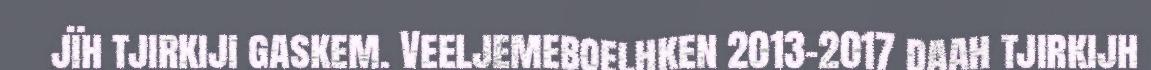
jïh tjirkiji gaskem. Veeljemeboelhken 2013-2017 daah tjirkijh